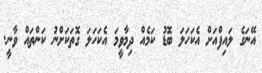
އޭނަގެ ލައިފްއަށް އެކަހަލަ ބޮޑު ކަމެއް ދިމާވީމަ އެކަހަލަ ގޮތަކަށްނު ކަންތައް ވާނީ.